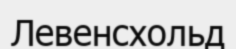
Левенсхольд